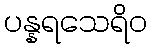
ပန္နရသေရိဝ